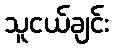
သူငယ်ချင်း